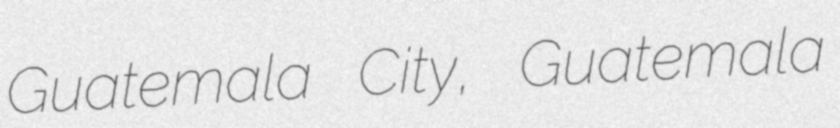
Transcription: Guatemala City, Guatemala